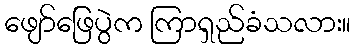
ဖျော်ဖြေပွဲက ကြာရှည်ခံသလား။